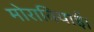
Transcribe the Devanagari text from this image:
मोरावियाई।